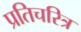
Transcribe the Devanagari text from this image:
प्रतिचरित्र